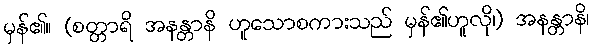
မှန်၏။ (စတ္တာရိ အနန္တာနိ ဟူသောစကားသည် မှန်၏ဟူလို၊) အနန္တာနိ၊